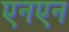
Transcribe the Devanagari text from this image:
एनएन